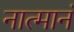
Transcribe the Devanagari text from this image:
नात्मानं